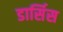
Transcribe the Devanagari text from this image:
डार्सिस